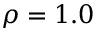
\rho = 1 . 0